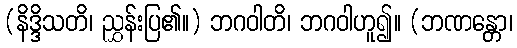
(နိဒ္ဒိသတိ၊ ညွှန်းပြ၏။) ဘဂဝါတိ၊ ဘဂဝါဟူ၍။ (ဘဏန္တော၊